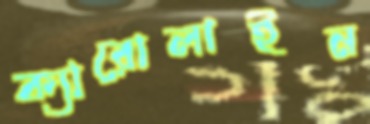
ক্যারোলাইন